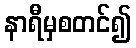
နာရီမှစတင်၍